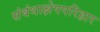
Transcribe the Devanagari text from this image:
संबंधाक्षेपपरिहार